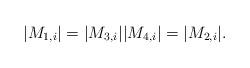
LaTeX: \begin{align*}|M_{1,i}|=|M_{3,i}| |M_{4,i}|=|M_{2,i}|.\end{align*}